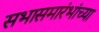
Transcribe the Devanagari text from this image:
सभासमारंभांच्या